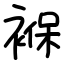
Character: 褓